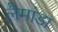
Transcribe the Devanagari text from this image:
लैमांडा